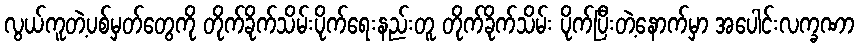
လွယ်ကူတဲ့ပစ်မှတ်တွေကို တိုက်ခိုက်သိမ်းပိုက်ရေးနည်းတူ တိုက်ခိုက်သိမ်း ပိုက်ပြီးတဲ့နောက်မှာ အပေါင်းလက္ခဏာ